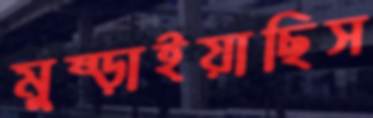
মুষ্‌ড়াইয়াছিস